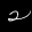
Label: 2